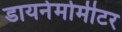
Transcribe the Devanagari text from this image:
डायनेमोमीटर